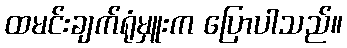
ထမင်းချက်ရုံမှူးက ပြောပါသည်။